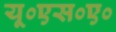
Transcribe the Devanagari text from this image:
यू०एस०ए०